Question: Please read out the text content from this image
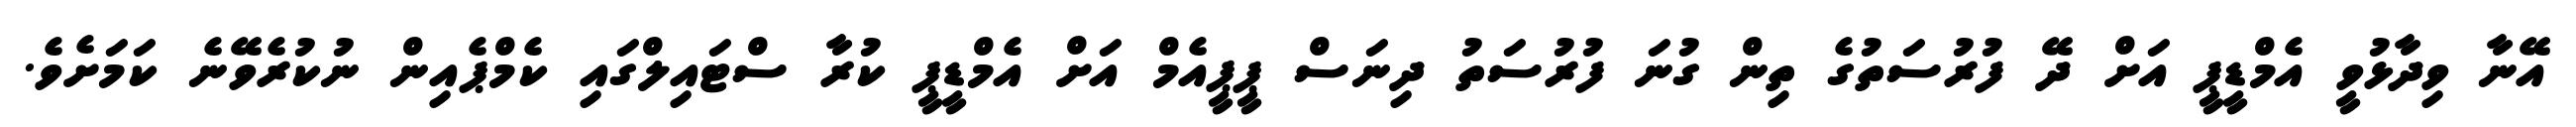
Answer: އޭނާ ވިދާޅުވީ އެމްޑީޕީ އަށް ދޭ ފުރުސަތުގެ ތިން ގުނަ ފުރުސަތު ދިނަސް ޕީޕީއެމް އަށް އެމްޑީޕީ ކުރާ ސްޓައިލްގައި ކެމްޕެއިން ނުކުރެވޭނެ ކަމަށެވެ.